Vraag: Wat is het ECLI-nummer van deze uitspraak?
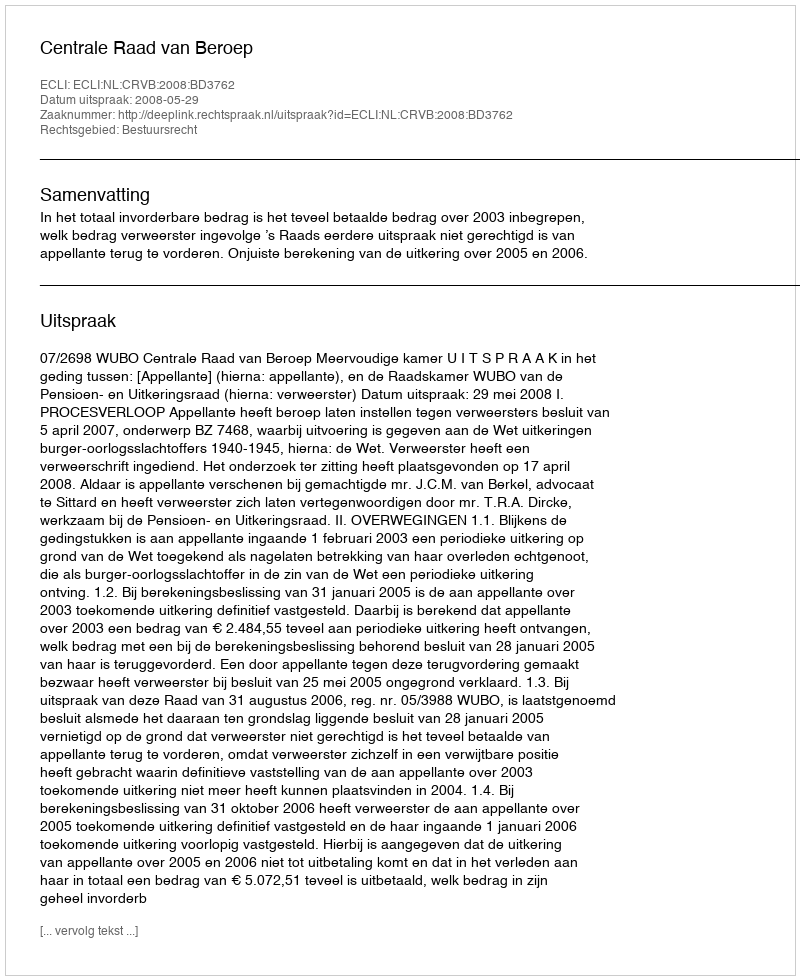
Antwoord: ECLI:NL:CRVB:2008:BD3762